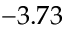
- 3 . 7 3